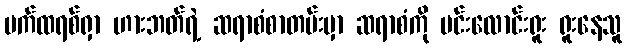
ပက်ထရစ်ရှာ ဟားဘတ်ရဲ့ ဆရာစံစာတမ်းမှာ ဆရာစံကို မင်းလောင်းရူး ရူးနေသူ